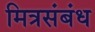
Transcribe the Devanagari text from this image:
मित्रसंबंध